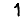
Digit: 1